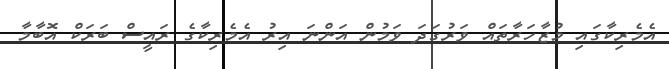
އެމެރިކާގައި މުޒާހަރާތައް ވަރުގަދަ ވަމުން އަންނަ އިރު އެމެރިކާގެ ރައީސް ބަރަކް އޮބާމާ